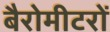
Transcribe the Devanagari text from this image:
बैरोमीटरों